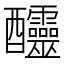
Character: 𨤍